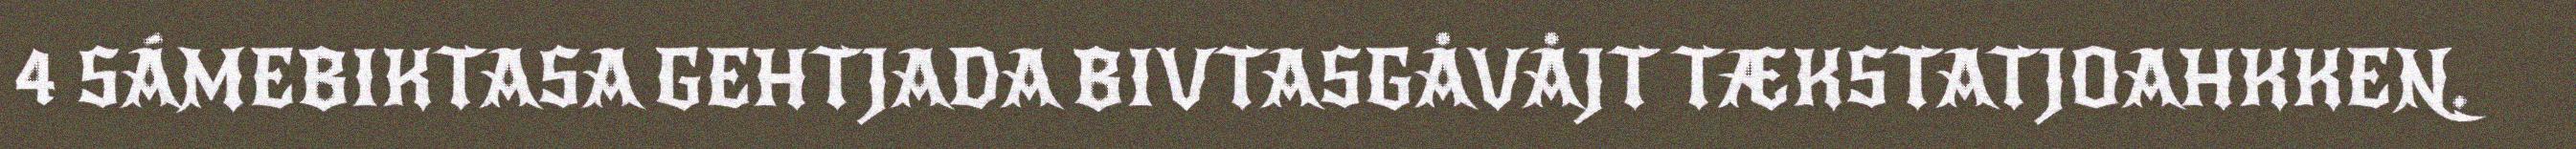
4 SÁMEBIKTASA GEHTJADA BIVTASGÅVÅJT TÆKSTATJOAHKKEN.